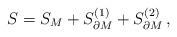
LaTeX: \begin{align*}S = S_M + S_{\partial M}^{(1)} + S_{\partial M}^{(2)}\,,\end{align*}